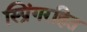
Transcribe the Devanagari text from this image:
स्प्रिंगरहित